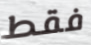
فقط